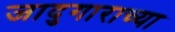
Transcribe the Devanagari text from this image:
जादुगाराच्या